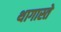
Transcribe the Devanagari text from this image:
थागास्ते